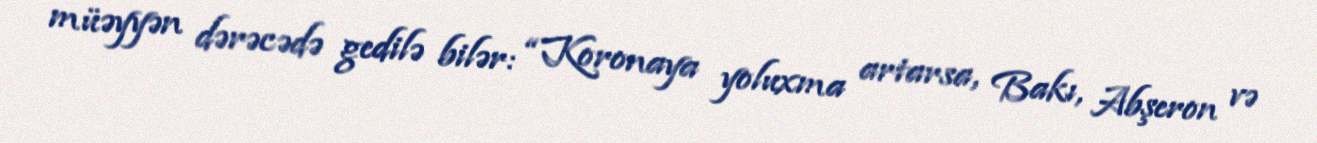
müəyyən dərəcədə gedilə bilər: “Koronaya yoluxma artarsa, Bakı, Abşeron və